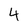
Character: 4